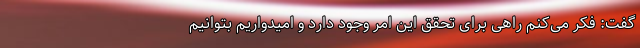
گفت: فکر می‌کنم راهی برای تحقق این امر وجود دارد و امیدواریم بتوانیم